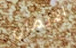
الايمان